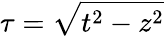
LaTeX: \tau=\sqrt{t^{2}-z^{2}}